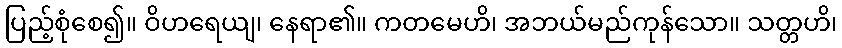
ပြည့်စုံစေ၍။ ဝိဟရေယျ၊ နေရာ၏။ ကတမေဟိ၊ အဘယ်မည်ကုန်သော။ သတ္တဟိ၊